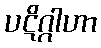
ပဋိဂ္ဂါဟာ